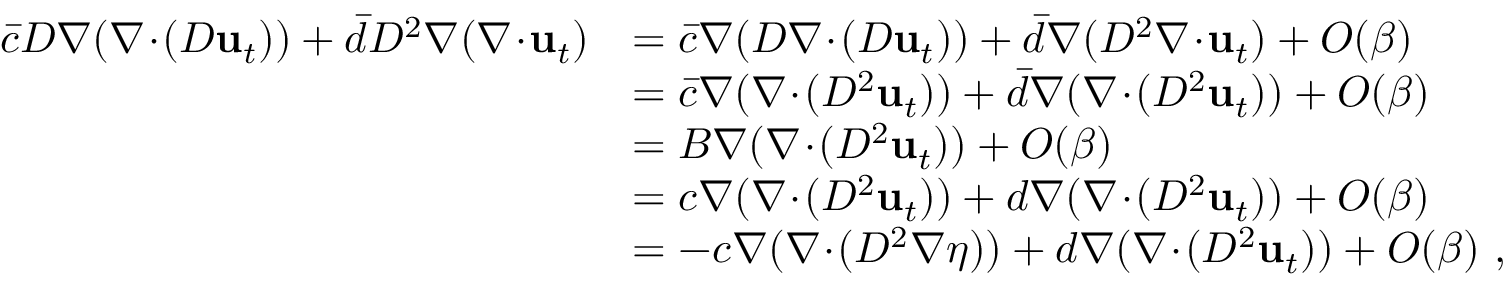
\begin{array} { r l } { \bar { c } D \nabla ( \nabla \! \cdot \! ( D \mathbf { u } _ { t } ) ) + \bar { d } D ^ { 2 } \nabla ( \nabla \! \cdot \! \mathbf { u } _ { t } ) } & { = \bar { c } \nabla ( D \nabla \! \cdot \! ( D \mathbf { u } _ { t } ) ) + \bar { d } \nabla ( D ^ { 2 } \nabla \! \cdot \! \mathbf { u } _ { t } ) + O ( \beta ) } \\ & { = \bar { c } \nabla ( \nabla \! \cdot \! ( D ^ { 2 } \mathbf { u } _ { t } ) ) + \bar { d } \nabla ( \nabla \! \cdot \! ( D ^ { 2 } \mathbf { u } _ { t } ) ) + O ( \beta ) } \\ & { = B \nabla ( \nabla \! \cdot \! ( D ^ { 2 } \mathbf { u } _ { t } ) ) + O ( \beta ) } \\ & { = c \nabla ( \nabla \! \cdot \! ( D ^ { 2 } \mathbf { u } _ { t } ) ) + d \nabla ( \nabla \! \cdot \! ( D ^ { 2 } \mathbf { u } _ { t } ) ) + O ( \beta ) } \\ & { = - c \nabla ( \nabla \! \cdot \! ( D ^ { 2 } \nabla \eta ) ) + d \nabla ( \nabla \! \cdot \! ( D ^ { 2 } \mathbf { u } _ { t } ) ) + O ( \beta ) \ , } \end{array}